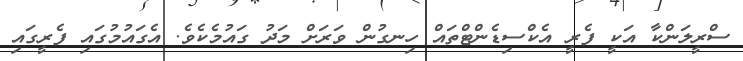
ސްރީލަންކާ އަކީ ފެރީ އެކްސިޑެންޓްތައް ހިނގުން ވަރަށް މަދު ގައުމެކެވެ. އެގައުމުގައި ފެރީގައި